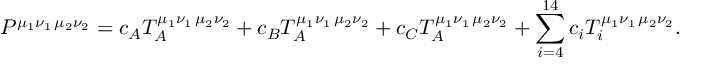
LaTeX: P ^ { \mu _ { 1 } \nu _ { 1 } \, \mu _ { 2 } \nu _ { 2 } } = c _ { A } { \cal T } _ { A } ^ { \mu _ { 1 } \nu _ { 1 } \, \mu _ { 2 } \nu _ { 2 } } + c _ { B } { \cal T } _ { A } ^ { \mu _ { 1 } \nu _ { 1 } \, \mu _ { 2 } \nu _ { 2 } } + c _ { C } { \cal T } _ { A } ^ { \mu _ { 1 } \nu _ { 1 } \, \mu _ { 2 } \nu _ { 2 } } + \sum _ { i = 4 } ^ { 1 4 } c _ { i } T _ { i } ^ { \mu _ { 1 } \nu _ { 1 } \, \mu _ { 2 } \nu _ { 2 } } .